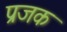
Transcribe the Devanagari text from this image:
प्रजक